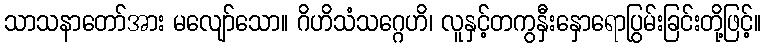
သာသနာတော်အား မလျော်သော။ ဂိဟိသံသဂ္ဂေဟိ၊ လူနှင့်တကွနှီးနှောရောပြွမ်းခြင်းတို့ဖြင့်။